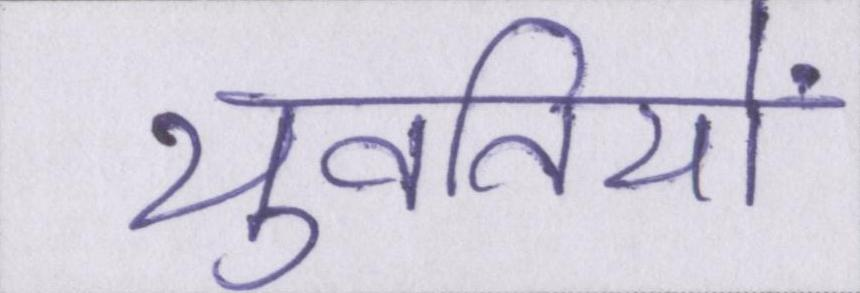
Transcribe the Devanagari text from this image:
युवतियों